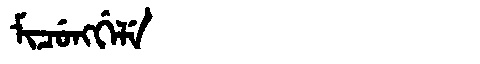
Manchu: ᠮᡳᠴᡠᠩᡤᡝᠯᡝ
Romanization: MICUNGGELE